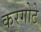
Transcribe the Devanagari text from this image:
करगोटे